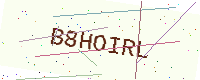
Text: B8HOIRL